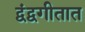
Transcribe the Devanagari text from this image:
द्वंद्वगीतात